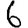
Digit: 6